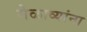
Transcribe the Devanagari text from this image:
मेळाव्यांना